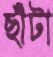
ছাঁটা